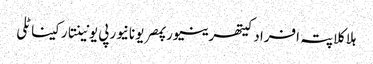
ہلاکلاپتہ افرادکیتھرینیورپمصریونانیورپی یونینتارکیناٹلی